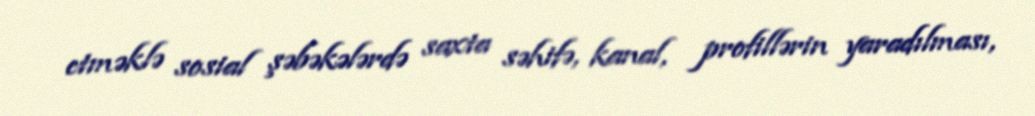
etməklə sosial şəbəkələrdə saxta səhifə, kanal, profillərin yaradılması,